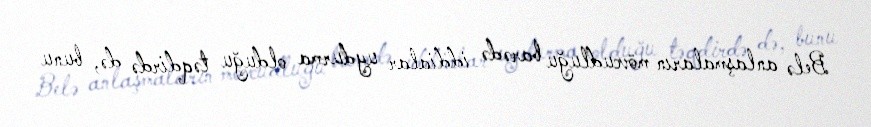
Belə anlaşmaların mövcudluğu barədə iddialar uydurma olduğu təqdirdə də, bunu